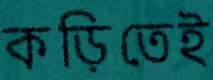
কড়িতেই